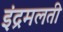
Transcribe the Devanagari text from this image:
इंद्रमलती